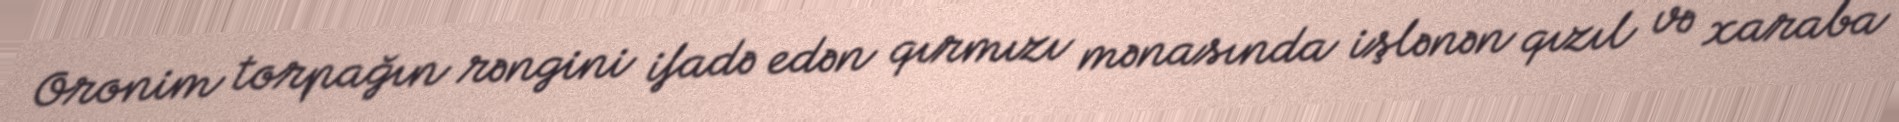
Oronim torpağın rəngini ifadə edən qırmızı mənasında işlənən qızıl və xaraba